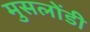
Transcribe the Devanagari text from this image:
मुसलोंडी